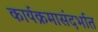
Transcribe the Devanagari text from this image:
कार्यक्रमासंदर्भात